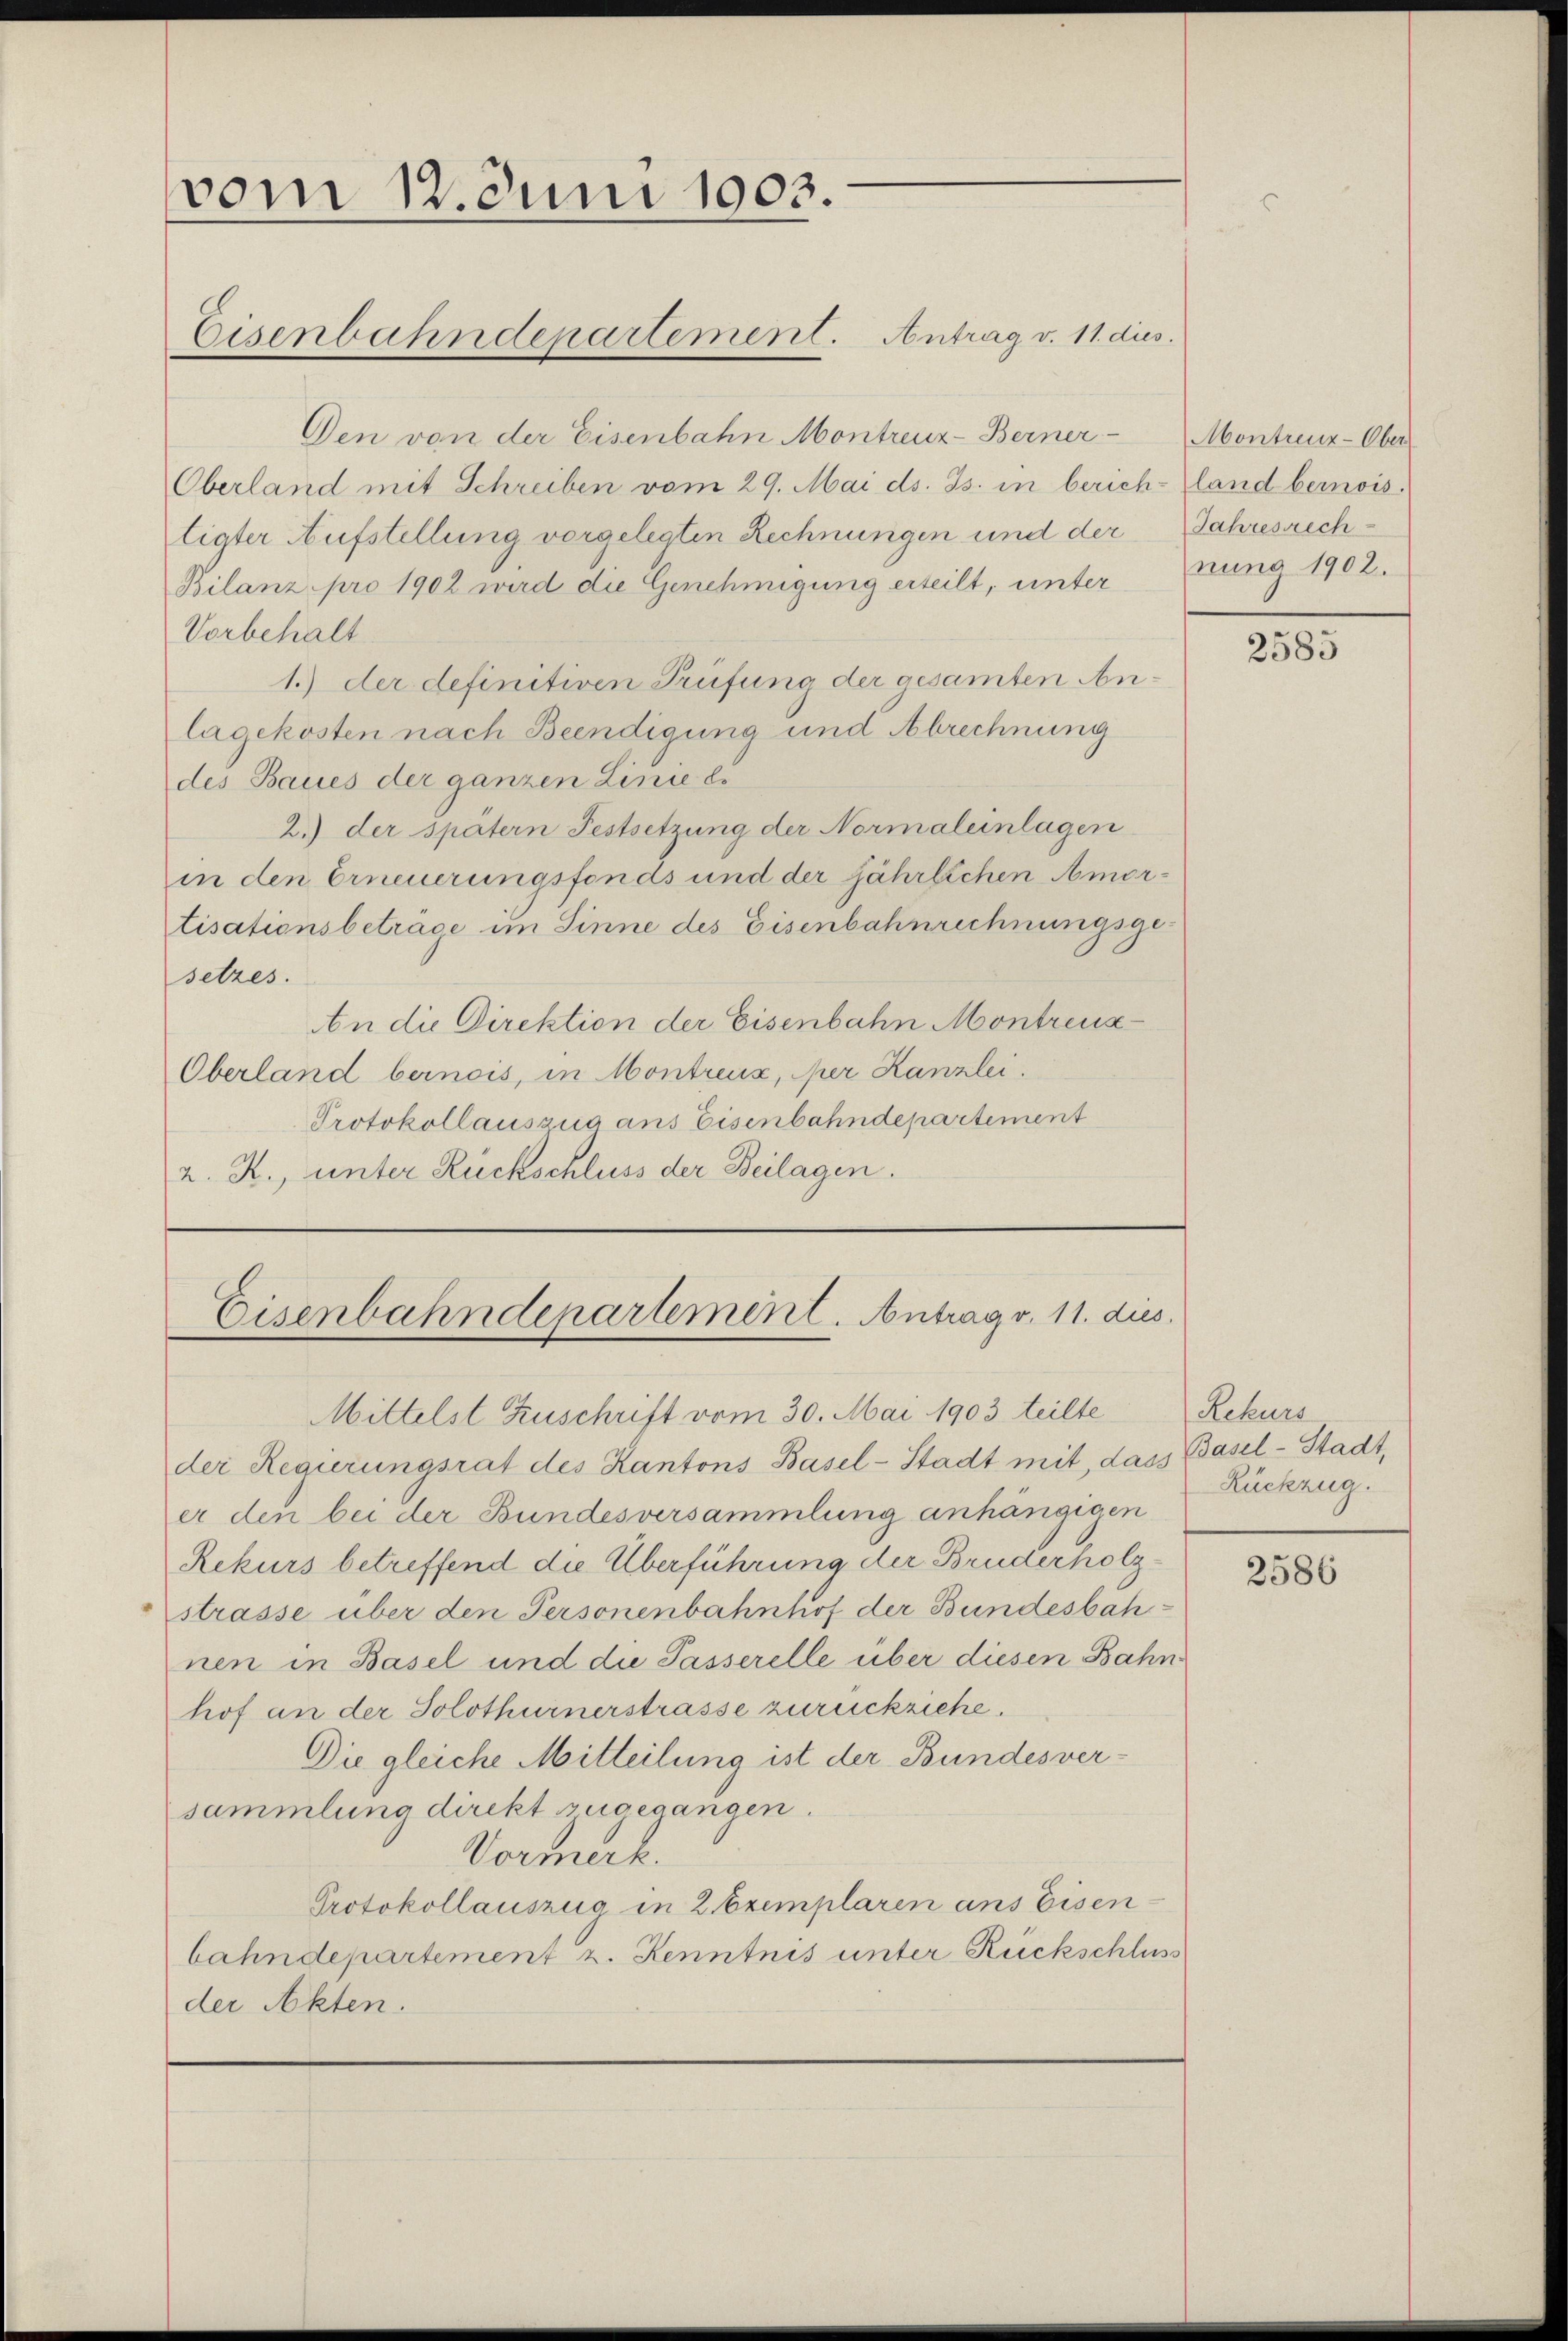
vom 12. Juni 1903.

Den von der Eisenbahn Montreuz-Berner
Oberland mit Schreiben vom 29. Mai ds. Js. in berich-land bernois
tigter Aufstellung vorgelegten Rechnungen und der Jahresrech¬
Bilanz pro 1902 wird die Genehmigung erteilt, unter rung 1902.
Vorbehalt
1.) der definitiven Prüfung der gesamten Anlagekosten nach Beendigung und Abrechnung
des Baues der ganzen Linie es
2.) der spätern Festsetzung der Normaleinlagen
in den Erneuerungsfonds und der jährlichen Amortisationsbeträge im Sinne des Eisenbahnrechnungsge-
setzes.
An die Direktion der Eisenbahn Montreuz-
Oberland bernois, in Montreux, per Kanzlei.
Protokollauszug ans Eisenbahndepartement
2. R., unter Rückschluss der Beilagen.
Eisenbahndepartement. Antrag v. 11. dies
Mittelst Zuschrift vom 30. Mai 1903 teilte Rekurs
der Regierungsrat des Kantons Basel-Stadt mit, dass Basel-Stadt,
er den bei der Bundesversammlung anhängigen
Rekurs betreffend die Überführung der Bruderholzstrasse über den Personenbahnhof der Bundesbahnen in Basel und die Passerelle über diesen Bahnhof an der Solothurnerstrasse zurückziehe.
Die gleiche Mitteilung ist der Bundesver-
sammlung direkt zugegangen.
Vormerk.
Protokollauszug in 2 Exemplaren ans Eisenbahndepartement z. Kenntnis unter Rückschluss
der Akten.

Eisenbahndepartement. Antrag v. 11. dies

Montreuz-Über
2585

Rückzug.

2586